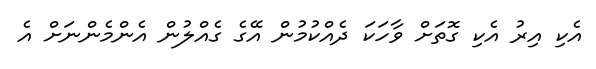
އެކި އިރު އެކި ގޮތަށް ވާހަކަ ދެއްކުމުން އޭގެ ގެއްލުން އެންމެންނަށް އެ